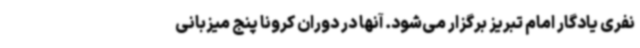
نفری یادگار امام تبریز برگزار می‌شود. آنها در دوران کرونا پنج میزبانی